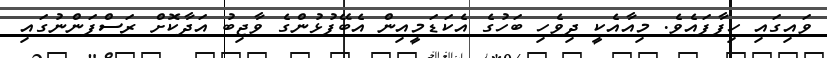
ވައިގައި ހިފާފައެވެ. މިއާއެކީ ދިވެހި ބަހުގެ އެކަޑަމީއިން އެބޭފުޅުންގެ ވާޖިބު އަދާކޮށް ރަސްފަންނުގައި